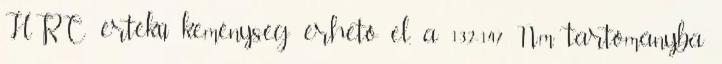
HRC értékű keménység érhető el, a 13,2-14,7 Nm tartományba